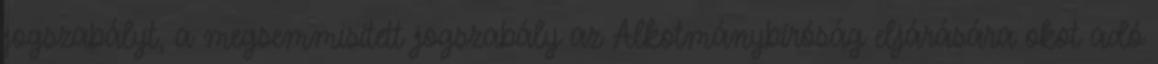
jogszabályt, a megsemmisített jogszabály az Alkotmánybíróság eljárására okot adó